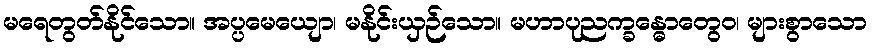
မရေတွတ်နိုင်သော။ အပ္ပမေယျော၊ မနိုင်းယှဉ်သော။ မဟာပုညက္ခန္ဓောတွေဝ၊ များစွာသော